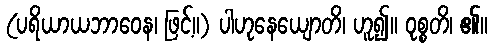
(ပရိယာယဘာဝေန၊ ဖြင့်။) ပါဟုနေယျောတိ၊ ဟူ၍။ ဝုစ္စတိ၊ ၏။